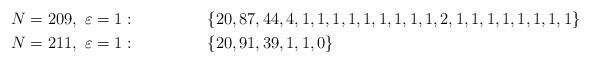
LaTeX: \begin{align*}N=209,\ \varepsilon=1 :\ \ \ \ \ \ \ \ \ \ \ \ \ \ &\{20, 87, 44, 4, 1, 1, 1, 1, 1, 1, 1, 1, 1, 2, 1, 1, 1, 1, 1, 1, 1, 1\}\\N=211,\ \varepsilon=1 :\ \ \ \ \ \ \ \ \ \ \ \ \ \ &\{20, 91, 39, 1, 1, 0\}\end{align*}